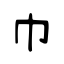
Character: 巾